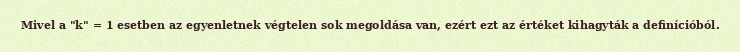
Mivel a "k" = 1 esetben az egyenletnek végtelen sok megoldása van, ezért ezt az értéket kihagyták a definícióból.